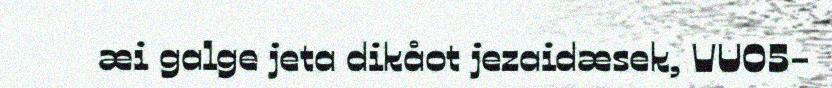
æi galge jeta dikåot jezaidæsek, VU05-